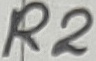
Text: R2